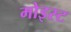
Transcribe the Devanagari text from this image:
मोइस्ट